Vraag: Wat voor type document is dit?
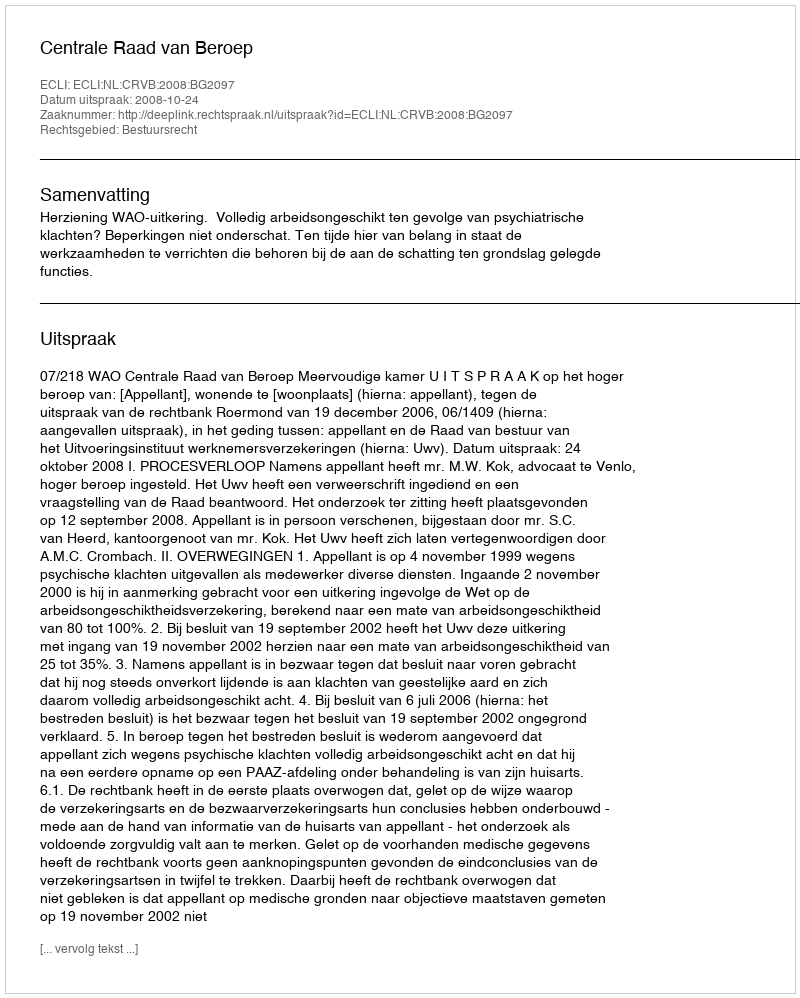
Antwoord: Uitspraak